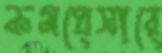
কমপ্রেসারে